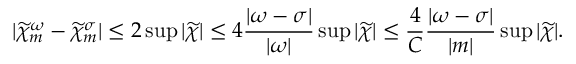
| \widetilde { \chi } _ { m } ^ { \omega } - \widetilde { \chi } _ { m } ^ { \sigma } | \leq 2 \operatorname* { s u p } | \widetilde { \chi } | \leq 4 \frac { | \omega - \sigma | } { | \omega | } \operatorname* { s u p } | \widetilde { \chi } | \leq \frac { 4 } { C } \frac { | \omega - \sigma | } { | m | } \operatorname* { s u p } | \widetilde { \chi } | .